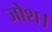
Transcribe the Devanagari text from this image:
जोश।